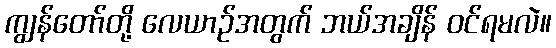
ကျွန်တော်တို့ လေယာဉ်အတွက် ဘယ်အချိန် ဝင်ရမလဲ။